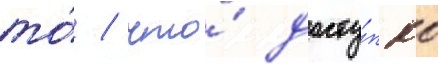
то́ / что́ досту́пно